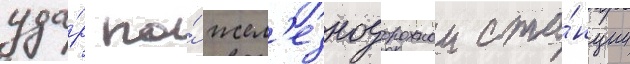
уда́р по́ жел'езнодорожнои ста́нции